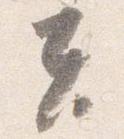
夫